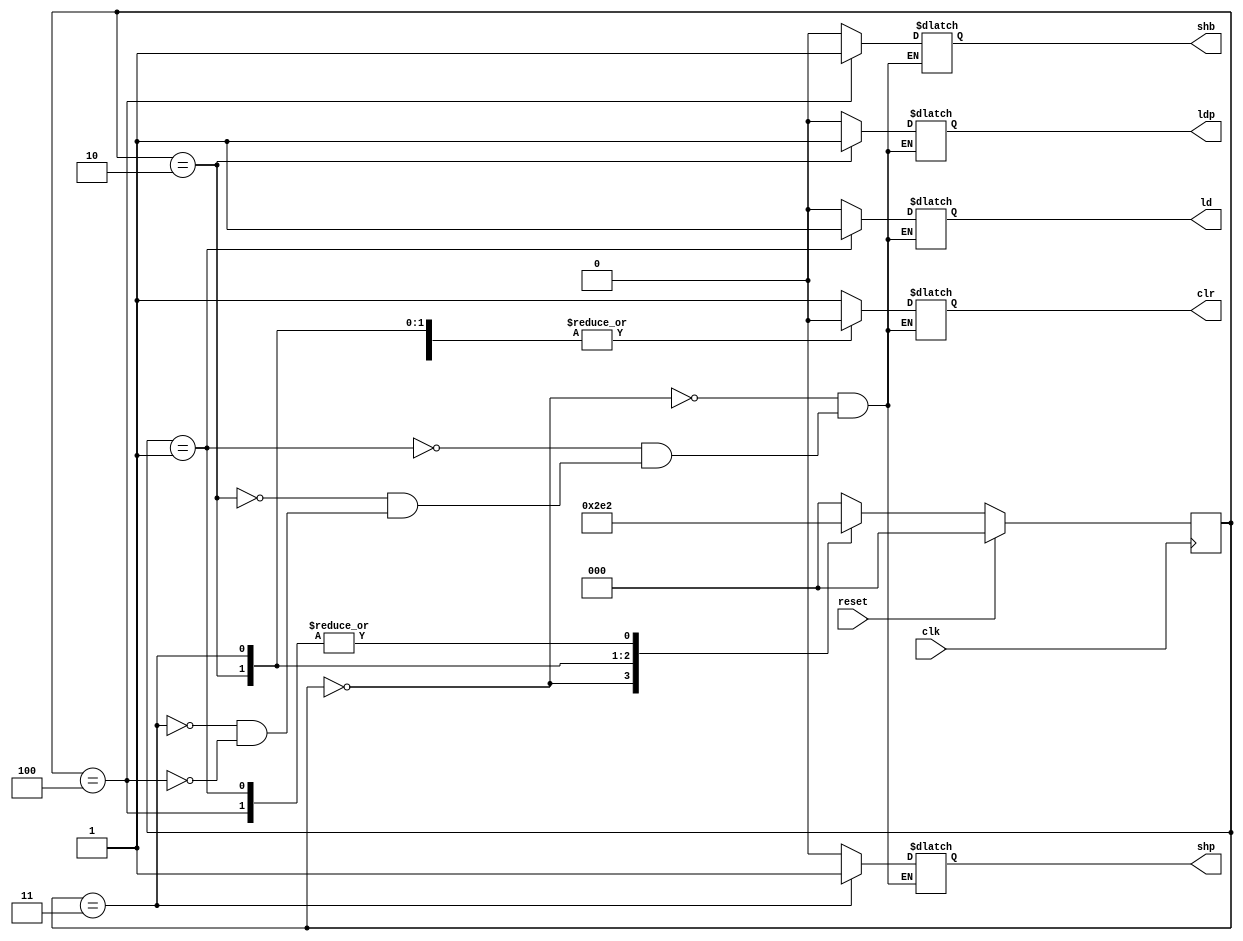
`timescale 1ns / 1ps
//////////////////////////////////////////////////////////////////////////////////
// Company: 
// Engineer: 
// 
// Design Name: 
// Module Name: mult_fsm
// Project Name: 
// Target Devices: 
// Tool Versions: 
// Description: 
// 
// Dependencies: 
// 
// Revision:
// Revision 0.01 - File Created
// Additional Comments:
// 
//////////////////////////////////////////////////////////////////////////////////


module mult_fsm(reset, clk, shb, ld, clr, ldp, shp);
input reset, clk;
output shb, ld, ldp, clr, shp;
reg shb, ld, ldp, clr, shp;
reg [2:0] cs, ns; //prsent state
parameter s0 = 3'b000, s1 = 3'b001, s2 = 3'b010,
s3 = 3'b011, s4 = 3'b100;

always@(cs)

begin
    case(cs)
       s0: {shb, shp, ld, ldp, clr} = 5'b00001;
       s1: {shb, shp, ld, ldp, clr} = 5'b00100;
       s2: {shb, shp, ld, ldp, clr} = 5'b00010;
       s3: {shb, shp, ld, ldp, clr} = 5'b01000;
       s4: {shb, shp, ld, ldp, clr} = 5'b10000;
    endcase
end

always@(cs)
begin
    case(cs)
    s0: ns = s1;
    s1: ns = s2;
    s2: ns = s3;
    s3: ns = s4;
    s4: ns = s2;
    default ns = s0;
    endcase
end

always@(posedge clk)
begin
    if(reset) cs <= s0;
    else cs<= ns;
end
endmodule